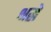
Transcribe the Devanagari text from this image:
श्रद्धे